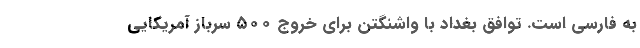
به فارسی است. توافق بغداد با واشنگتن برای خروج ۵۰۰ سرباز آمریکایی